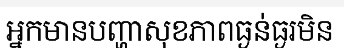
អ្នកមានបញ្ហាសុខភាពធ្ងន់ធ្ងរមិន